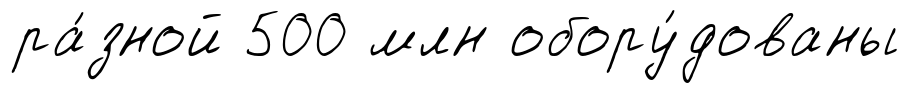
ра́зной 500 млн обору́дованы